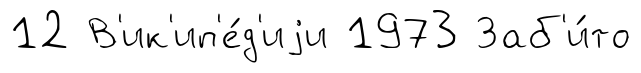
12 В'ик'ип'е́д'иjи 1973 Заб'и́то